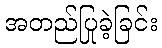
အတည်ပြုခဲ့ခြင်း